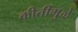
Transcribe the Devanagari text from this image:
कीर्तीमुळे